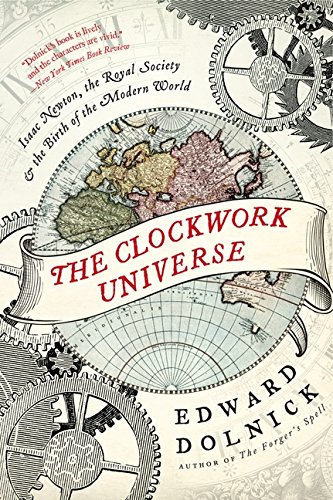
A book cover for The Clockwork Universe: Isaac Newton, the Royal Society, and the Birth of the Modern World; Edward Dolnick; Biographies & Memoirs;